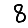
Digit: 8